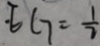
\cdot E G = \frac { 1 } { 2 }